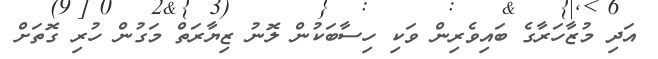
އަދި މުޒާހަރާގެ ބައިވެރިން ވަކި ހިސާބަކުން ލޮނު ޒިޔާރަތް މަގުން ހުރި ގޮތަށް